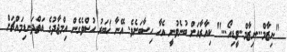
"ނިޒާމް...ނިޒާމް..ވީޑިއޯ..." ކިއާރާއަށް ބުނެވުނީ އެހާ ހިސާބަށެވެ. އޭނާ ޚަބަރު ހުސްވެގެން އިމްޖާދުގެ އަތްދަނޑިމައްޗަށް